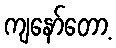
ကျနော်တော့